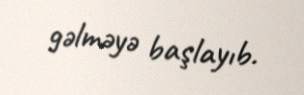
gəlməyə başlayıb.